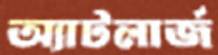
অ্যাটলার্জ